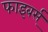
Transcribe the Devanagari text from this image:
फाइबर्स्